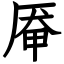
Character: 厣